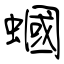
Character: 蟈